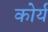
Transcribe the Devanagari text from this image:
कोर्य